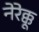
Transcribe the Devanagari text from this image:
नेरेक्कू